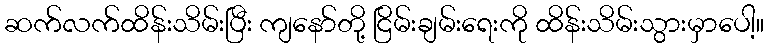
ဆက်လက်ထိန်းသိမ်းပြီး ကျနော်တို့ ငြိမ်းချမ်းရေးကို ထိန်းသိမ်းသွားမှာပေါ့။